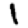
Digit: 1